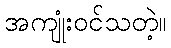
အကျုံးဝင်သတဲ့။